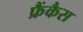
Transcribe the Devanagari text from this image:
फ्रैंकैस